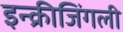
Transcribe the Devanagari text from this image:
इन्क्रीजिंगली